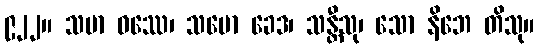
၉၂၂။ သမာ ဝဿေ၊ သမော ခေဒ၊ သန္တီသု၊ သော နိဘေ တိသု။